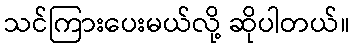
သင်ကြားပေးမယ်လို့ ဆိုပါတယ်။